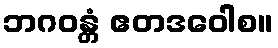
ဘဂဝန္တံ ဧတဒဝေါစ။